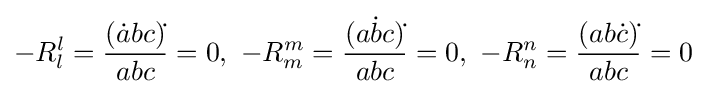
-R_{l}^{l}={\frac {({\dot {a}}bc){\dot {}}}{abc}}=0,\ -R_{m}^{m}={\frac {(a{\dot {b}}c){\dot {}}}{abc}}=0,\ -R_{n}^{n}={\frac {(ab{\dot {c}}){\dot {}}}{abc}}=0